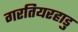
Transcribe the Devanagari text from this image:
गरतियरहाडु